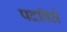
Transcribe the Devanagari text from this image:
पदविर्त